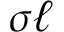
\sigma \ell